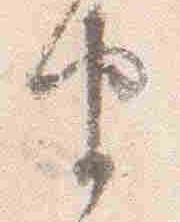
由